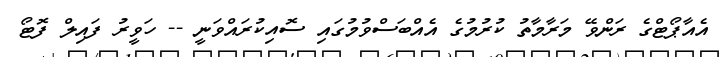
އެއާޕޯޓްގެ ރަންވޭ މަރާމާތު ކުރުމުގެ އެއްބަސްވުމުގައި ސޮއިކުރައްވަނީ -- ހަވީރު ފައިލް ފޮޓޯ